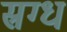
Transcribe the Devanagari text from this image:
स्रग्ध